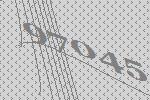
97045